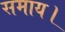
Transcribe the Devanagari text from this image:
समाय।